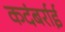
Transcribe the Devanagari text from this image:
कदंबर्राई